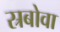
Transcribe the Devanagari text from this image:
स्रबोवा